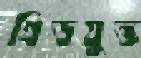
গ্রিডযুক্ত